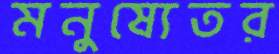
মনুষ্যেতর